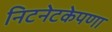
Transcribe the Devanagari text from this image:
निटनेटकेपणा